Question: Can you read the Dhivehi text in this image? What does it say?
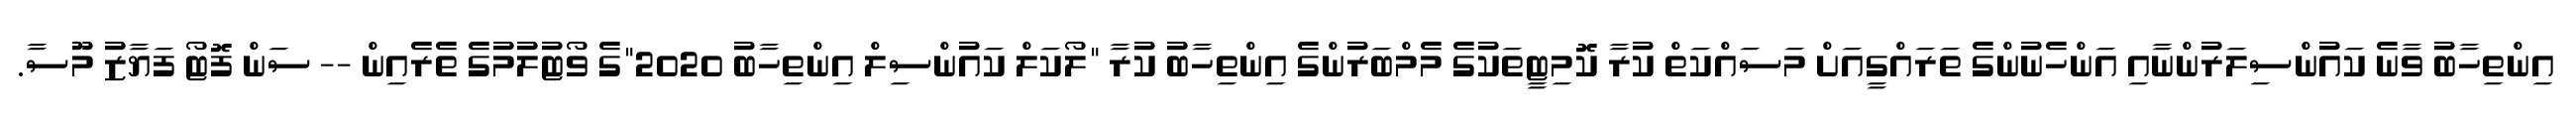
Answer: އިންތިހާބު ވާނެ ކައުންސިލަރުންނާއި އަންހެނުންގެ ތަރައްގީއަށް މަސައްކަތް ކުރާ ކޮމިޓީތަކުގެ މެމްބަރުންގެ އިންތިހާބު ކުރާ "ލޯކަލް ކައުންސިލް އިންތިހާބު 2020"ގެ ވޯޓުލުމުގެ ތެރެއިން -- ސަން ފޮޓޯ ފަޔާޒު މޫސާ.